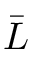
\bar { L }